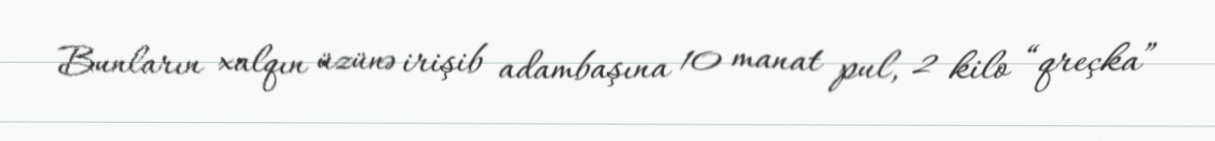
Bunların xalqın üzünə irişib adambaşına 10 manat pul, 2 kilo “qreçka”